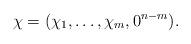
LaTeX: \begin{align*} \chi = (\chi_1,\dots,\chi_m,0^{n-m}).\end{align*}